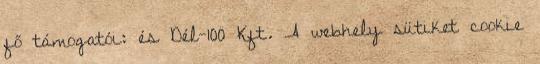
fő támogatói: és Dél-100 Kft. A webhely sütiket cookie